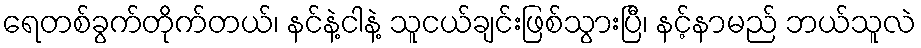
ရေတစ်ခွက်တိုက်တယ်၊ နင်နဲ့ငါနဲ့ သူငယ်ချင်းဖြစ်သွားပြီ၊ နင့်နာမည် ဘယ်သူလဲ